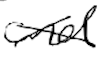
Text: and
Cross-out: cross
Writing tool: digital_black